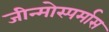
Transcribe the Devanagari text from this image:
जीन्मोस्पर्मास